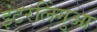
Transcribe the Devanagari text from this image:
इंटरलिंगुआ